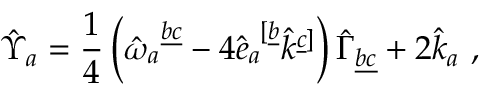
\hat { \Upsilon } _ { a } = \frac { 1 } { 4 } \left( \hat { \omega } _ { a } ^ { \ \underline { { { b c } } } } - 4 \hat { e } _ { a } ^ { \ [ \underline { { { b } } } } \hat { k } ^ { \underline { { { c } } } ] } \right) \hat { \Gamma } _ { \underline { { { b c } } } } + 2 \hat { k } _ { a } \ ,